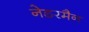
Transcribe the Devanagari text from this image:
नेडरमैन